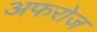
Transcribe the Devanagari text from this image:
अफरोज